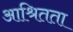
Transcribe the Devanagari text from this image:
आश्रितता